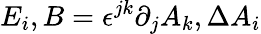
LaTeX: E_{i},B=\epsilon^{jk}\partial_{j}A_{k},\Delta A_{i}